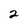
Character: 2